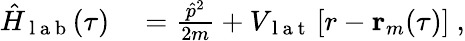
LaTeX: \begin{array}{rl}{\hat{H}_{\mathrm{~l~a~b~}}(\tau)}&{{}=\frac{\hat{p}^{2}}{2m}+V_{\mathrm{~l~a~t~}}\left[r-\textbf{r}_{m}(\tau)\right]~,}\end{array}